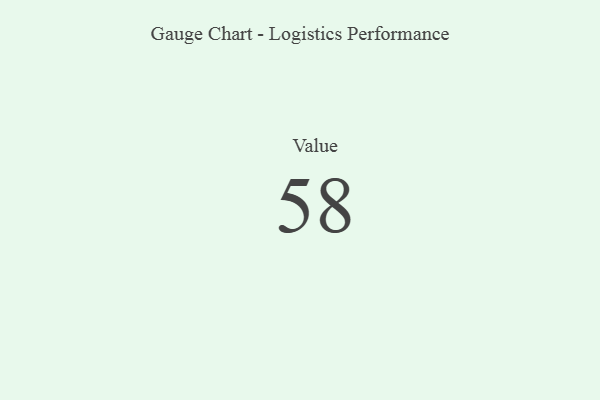
{"axis": {"x": "Metric", "y": "Value"}, "legend": [""], "data": [{"x": "Value", "y": 58, "type": ""}]}